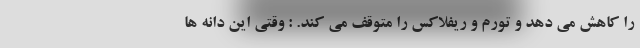
را کاهش می دهد و تورم و ریفلاکس را متوقف می کند. : وقتی این دانه ها